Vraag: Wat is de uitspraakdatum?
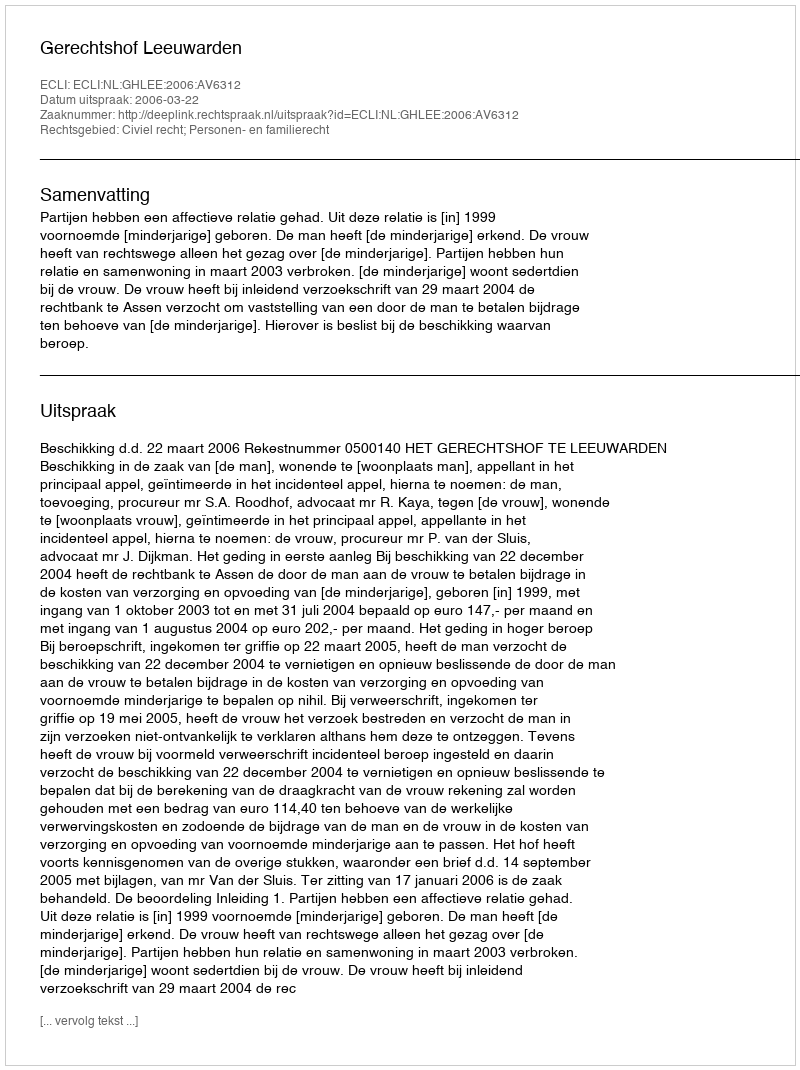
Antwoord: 2006-03-22